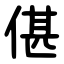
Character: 偡